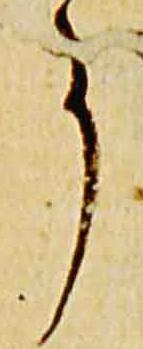
事